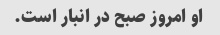
او امروز صبح در انبار است.